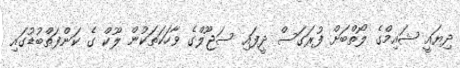
ދިޔައީ ޝައިމްގެ ލޯތްބަށް ފުރަގަސް ދީފައި ސަޖޫލްގެ ވާހަކަތަކުން ލޫކް ގެ ކަންފަތްބުޑުގައި